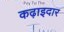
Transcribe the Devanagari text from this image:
कढ़ाइदार